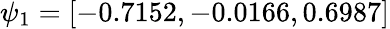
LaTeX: \psi_{1}=\left[-0.7152,-0.0166,0.6987\right]